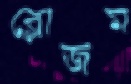
ব্লোজম